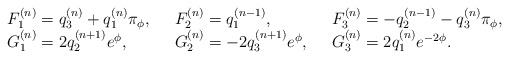
\begin{align*}\left. \begin{array}{lll}F^{(n)}_{1}=q^{(n)}_{3} + q^{(n)}_{1} \pi_{\phi} ,\,\,\,\,&F^{(n)}_{2}=q^{(n-1)}_{1} ,\,\,\,\,&F^{(n)}_{3}=-q^{(n-1)}_{2} - q^{(n)}_{3} \pi_{\phi} ,\\G^{(n)}_{1}=2q^{(n+1)}_{2} e^{\phi} ,\,\,\,\,&G^{(n)}_{2}=-2q^{(n+1)}_{3} e^{\phi} ,\,\,\,\,&G^{(n)}_{3}=2q^{(n)}_{1} e^{-2\phi}.\end{array}\right.\end{align*}